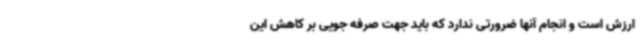
ارزش است و انجام آنها ضرورتی ندارد که باید جهت صرفه جویی بر کاهش این